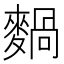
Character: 𪍌